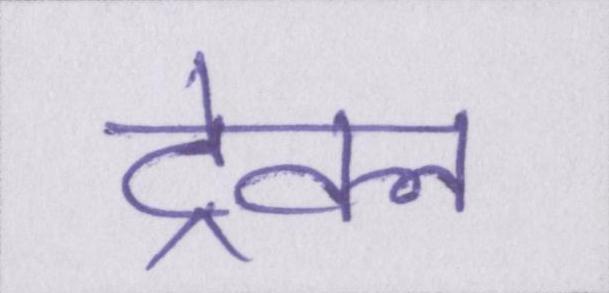
ट्रेवल